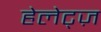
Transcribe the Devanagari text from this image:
हेलेट्ज़